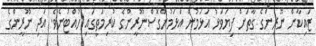
ޒައިކާން ނޫރީންގެ ގާތަށް ފިޔަވަޅު އަޅަމުން އަޅަމުންގޮސްނޫރީންގެ ކުރިމަތީގައި ހުއްޓުނެވެ. އަދި ނޫރީންގެ